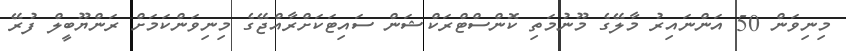
މިނިވަން 50 އަންނައިރު މާލޭގެ މޫނުމަތި ކޮންސްޓްރަކްޝަން ސައިޓަކަށްރާއްޖޭގެ މިނިވަންކަމަށް ރަންޔޫބީލް ފުރޭ